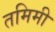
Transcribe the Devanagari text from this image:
तमिमी